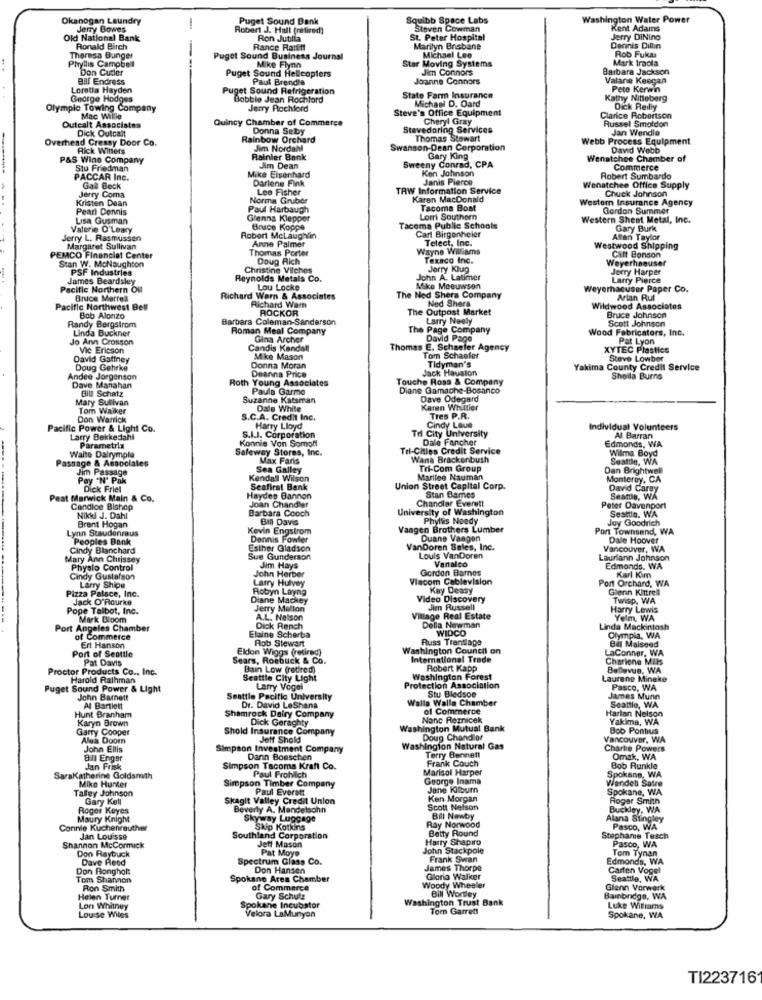
Okanogan Laundry
Puget Sound Bank
Squibb Space Labs
Washington Water Power
Jerry Bowes
Robert J. Hall (retired)
Steven Cowman
Kent Adams
Old National Bank
Ron Jutilla
St. Peter Hospital
Jerry DiNino
Ronald Birch
Rance Ratliff
Marilyn Brisbane
Dennis Dillin
Rob Fuka
Phyllis Campbell
Theresa Bunger
Puget Sound Business Journal
Star Moving Systems
Michael Lee
Mark traola
Don Cutler
Puget Sound Helicopters
Mike Flynn
Jim Connors
Barbara Jackson
Bill Endress
Paul Brendla
Joanne Connors
Valane Keegan
Loretta Hayden
Puget Sound Refrigeration
Pete Kerwin
George Hodges
Bobble Jean Rochford
State Farm Insurance
Michael D. Oard
Kathy Nitteberg
Olympic Towing Company
Jerry Rochford
Steve's Office Equipment
Dick Reilly
Mac Willie
Quincy Chamber of Commerce
Cheryl Gray
Clarice Robertson
Russel Smoldon
Outealt Associates
Dick Outcalt
Donna Seby
Stevedoring Services
Jan Wendle
Overhead Cressy Door Co.
Rainbow Orchard
Thomas Stewart
Webb Process Equipment
Rick Winters
Jim Nordahl
Swanson-Dean Corporation
David Wet
P&S Wine Company
Rainier Bank
Sweeny Conrad, CPA
Gary King
Wenatchee Chamber of
Stu Friedman
Jim Dean
Ken Johnson
Commerce
PACCAR Inc.
Mike Eigenhard
Darlene Fink
Janis Pierce
Robert Sumbardo
Gall Beck
Lee Fisher
TRW Information Service
Wenatchee Office Supply
Chuck Johnson
Kristen Dean
Jerry Coma
Norma Gruber
Karen MacDonald
Western Insurance Agency
Pearl Dennis
Paul Harbaugh
Tacoma Bost
Gordon Summer
Lisa Gusman
Glenna Klepper
Lorri Southern
Western Sheet Metal, Inc.
Valerie O'Leary
Bruce Koppe
Tacoma Public Schools
Carl Birgonheier
Gary Burk
Jerry L. Rasmussen
Robert Mclaughlin
Anne Palmer
Telect, Inc.
Affan Taylor
Margaret Sullivan
Thomas Porter
Wayne Williams
Westwood Shipping
PEMCO Financial Center
Stan W. McNaughton
Doug Aich
Texaco Inc.
Weyerhaeuser
Cilt Benson
PSF Industries
Christine Vilches
Jerry Klug
Jerry Harper
James Beardsley
Reynolds Metals Co.
John A. Latimer
Larry Pierce
Pacific Northern Oul
Lou Locke
Mike Meeuwsen
Weyerhaeuser Paper Co.
Bruce MarreR
Richard Warn & Associates
Richard Warn
The Ned Shera Company
Ned Shera
Artan Rut
Pacific Northwest Bel
ROCKOR
The Outpost Market
Wildwood Associates
Bob Alonzo
Barbara Coleman-Sanderson
Larry Neely
Bruce Johnson
Scott Johnson
Randy Bergstrom
Linda Buckner
Roman Meal Company
The Page Company
Wood Fabricators, Inc.
Jo Ann Crosson
Gina Archer
David Page
Pat Lyon
Vic Ericson
Candis Kandall
Thomas E. Schaefer Agency
XYTEC Plastics
David Gaffney
Mike Mason
Tom Schaefer
Tidyman's
Steve Lowber
Doug Gehrke
Donna Moran
Deanna Price
Jack Hauston
kima County Credit Service
Andee Jorgenson
Roth Young Associates
Touche Ross & Company
Sheila Burns
Dave Manahan
Bill Schatz
Paula Garme
Diane Gamache-Bosanco
Mary Sulivan
Suzanne Katsman
Dave Odegard
Tom Waiker
Dale White
Karen Whittier
Don Warrick
S.C.A. Credit Inc.
Tres P.R.
Pacific Power & Light Co.
Harry Lloyd
Tri City University
Cindy Laue
Individual Volunteers
Larry Bekkedahl
Konnie Von Somol
S.I.J. Corporation
Dale Fancher
Edmonds, WA
Al Barran
Parametrix
Safeway Stores, Inc.
Tri-Cities Credit Service
Wilma Boyd
Passage & Associates
Waite Dalrymple
Max Faris
Wana Brackenbush
Seattle, WA
Jim Passage
Sea Galley
Tri-Com Group
Dan Brightwell
Pay 'N' Pak
Kendall Wilson
Marilee Nauman
Monterey, CA
Dick Friel
Seafirst Bank
Union Street Capital Corp.
David Carey
Peat Marwick Main & Co.
Hayden Bannon
Chandler Everett
Stan Dames
Seattle, WA
Candice Blahop
Joan Chandler
Barbara Cooch
University of Washington
Peter Davenport
Seattle, WA
Nikki J. Dahl
BM Davis
Phyllis Noedy
Joy Goodrich
Lynn Staudenraus
Brent Hogan
Kevin Engstrom
Vaagen Brothers Lumber
Port Townsend, WA
Peoples Bank
Dennis Fowler
Duane Vangen
Dale Hoover
Cindy Blanchard
Esther Gladson
VanDoren Sales, Inc.
Vancouver, WA
Mary Ann Chrissey
Sue Gunderson
Louis VanDoren
Vantalco
Lauriann Johnson
Physlo Control
Jim Hays
Gordon Barnes
Edmonds. WA
Cindy Gustafson
John Herber
Larry Hulvey
Viacom Cablevision
Port Orchard, WA
Karl Kim
Pizza Palace, Inc.
Larry Shipe
Robyn Layng
Kay Deasy
Glenn Kittrell
Jack O'Rourke
Diane Mackey
Video Discovery
Twisp, WA
Pope Talbot, Inc.
Jerry Mellon
Jim Russell
Harry Lewis
Mark Bloom
A.L. Nelson
Village Real Estate
Yelm, WA
Port Angeles Chamber
Elaine Scherba
Dick Rench
Della Newman
WIDCO
Linda Mackintosh
of Commerce
Rob Stewart
Russ Trentlage
Olympia, WA
Bal Malseed
Port of Seattle
Ert Hanson
Eldon Wiggs (retired)
Washington Council on
LaConner, WA
Pat Davis
Sears, Roebuck & Co.
International Trade
Charlene Mils
Proctor Products Co ., Inc.
Bain Low (retired)
Robert Kapp
Bellevue, WA
Harold Rathman
Seattle City Light
Washington Forest
Laurene Mineke
Puget Sound Power & Light
Larry Vogel
Protection Association
Stu Bledsoe
Pasco, WA
John Barnett
Seattle Pacific University
Walla Walla Chamber
James Munn
Al Bartlett
Dr. David LeShana
of Commerce
Harlan Nelson
Seattle, WA
Hunt Branham
Karyn Brown
Shamrock Dairy Company
Dick Geraghty
Nanc Reznicek
Yakima, WA
Garry Cooper
Shold Insurance Company
Washington Mutual Bank
Bob Pontius
Alua Door
Jett Shold
Doug Chand of
Vancouver, WA
John Ellis
Simpson Investment Company
Washington Natural Gas
Charhe Powers
Bill Enger
Dann Boeschen
Terry Bennett
Frank Couch
Omak, WA
dan Frisk
Simpson Tacoma Kraft Co.
Paul Frohlich
Marisol Harper
Bob Runkle
SaraKatherine Goldsmith
Mike Hunker
George Inama
Wendet Satre
Spokane, WA
Talley Johnson
Simpson Timber Company
Paul Everatt
Jane Kilburn
Spokane, WA
Gary Kell
Skagit Valley Credit Union
Ken Morgan
Roger Smith
Roger Keyes
Beverly A. Mendelsohn
Scott Nelson
Buckley, WA
Maury Knight
Skyway Luggage
Bil Newby
Alana Stingley
Connie Kuchenreuther
Skip Kotkins
Ray Norwood
Betty Round
Pasco, WA
Jan Louisse
Southland Corporation
Jeff Mason
Harry Shapiro
Stephanie Tesch
Pasco, WA
Shannon McCormick
Don Raybuck
Pat Moye
John Stackpole
Tom Tynan
Dave Reod
Spectrum Glass Co.
Frank Swan
Edmonds, WA
Don Rongholt
Don Hansen
James Thorpe
Carten Vogel
Tom Shannon
Spokane Area Chamber
Gloria Walker
Seattle, WA
Ron Smith
of Commerce
Woody Wheeler
Bill Wordley
Glenn Vorwerk
Helen Turner
Gary Schutz
Washington Trust Bank
Bainbridge, WA
Lon Whitney
Spokane Incubator
Tom Garrett
Luke Williams
Louise Wiles
Velora LaMunyon
Spokane, WA
TI223716